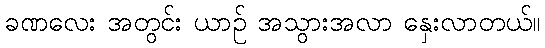
ခဏလေး အတွင်း ယာဉ် အသွားအလာ နှေးလာတယ်။